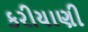
કરીયાણી